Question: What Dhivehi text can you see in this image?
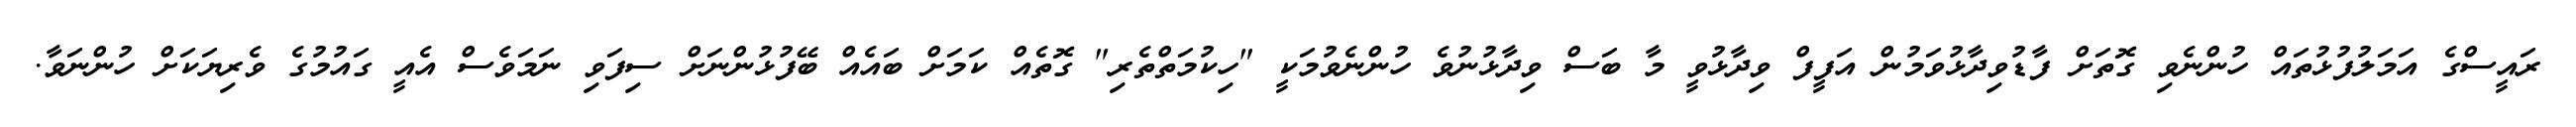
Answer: ރައީސްގެ އަމަލުފުޅުތައް ހުންނެވި ގޮތަށް ފާޑުވިދާޅުވަމުން އަފީފް ވިދާޅުވީ މާ ބަސް ވިދާޅުނުވެ ހުންނެވުމަކީ "ހިކުމަތްތެރި" ގޮތެއް ކަމަށް ބައެއް ބޭފުޅުންނަށް ސިފަވި ނަމަވެސް އެއީ ގައުމުގެ ވެރިޔަކަށް ހުންނަވާ.